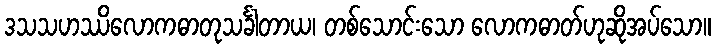
ဒသသဟဿိလောကဓာတုသင်္ခါတာယ၊ တစ်သောင်းသော လောကဓာတ်ဟုဆိုအပ်သော။